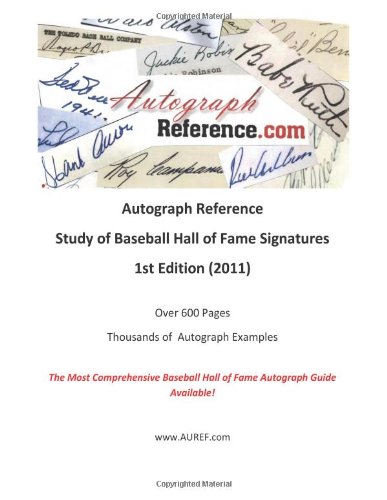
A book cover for Autograph  Reference.com  Study of Baseball Hall of Fame Signatures; Robert Poll; Crafts, Hobbies & Home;